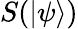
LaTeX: S(|\psi\rangle)